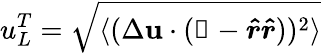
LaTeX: u_{L}^{T}=\sqrt{\langle(\Delta\mathbf{u}\cdot(\mathbb{1}-\boldsymbol{\hat{r}}\boldsymbol{\hat{r}}))^{2}\rangle}